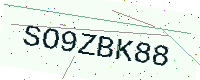
Text: SO9ZBK88